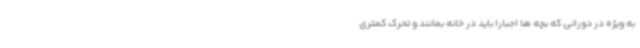
به ویژه در دورانی که بچه ها اجبارا باید در خانه بمانند و تحرک کمتری